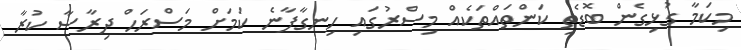
މިކަމާ ގުޅިގެން ބޮޑެތި ކަންތައްތަކެއް މިސްރުގައި ހިނގާފާނެ ކަމަށް މަސްރަހް ދިރާސާ ކުރާ